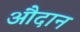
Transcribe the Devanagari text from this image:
औदान